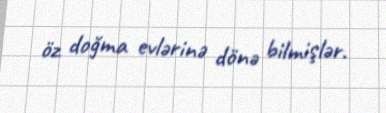
öz doğma evlərinə dönə bilmişlər.